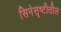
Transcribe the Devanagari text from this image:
सिनेसॄष्टीतील